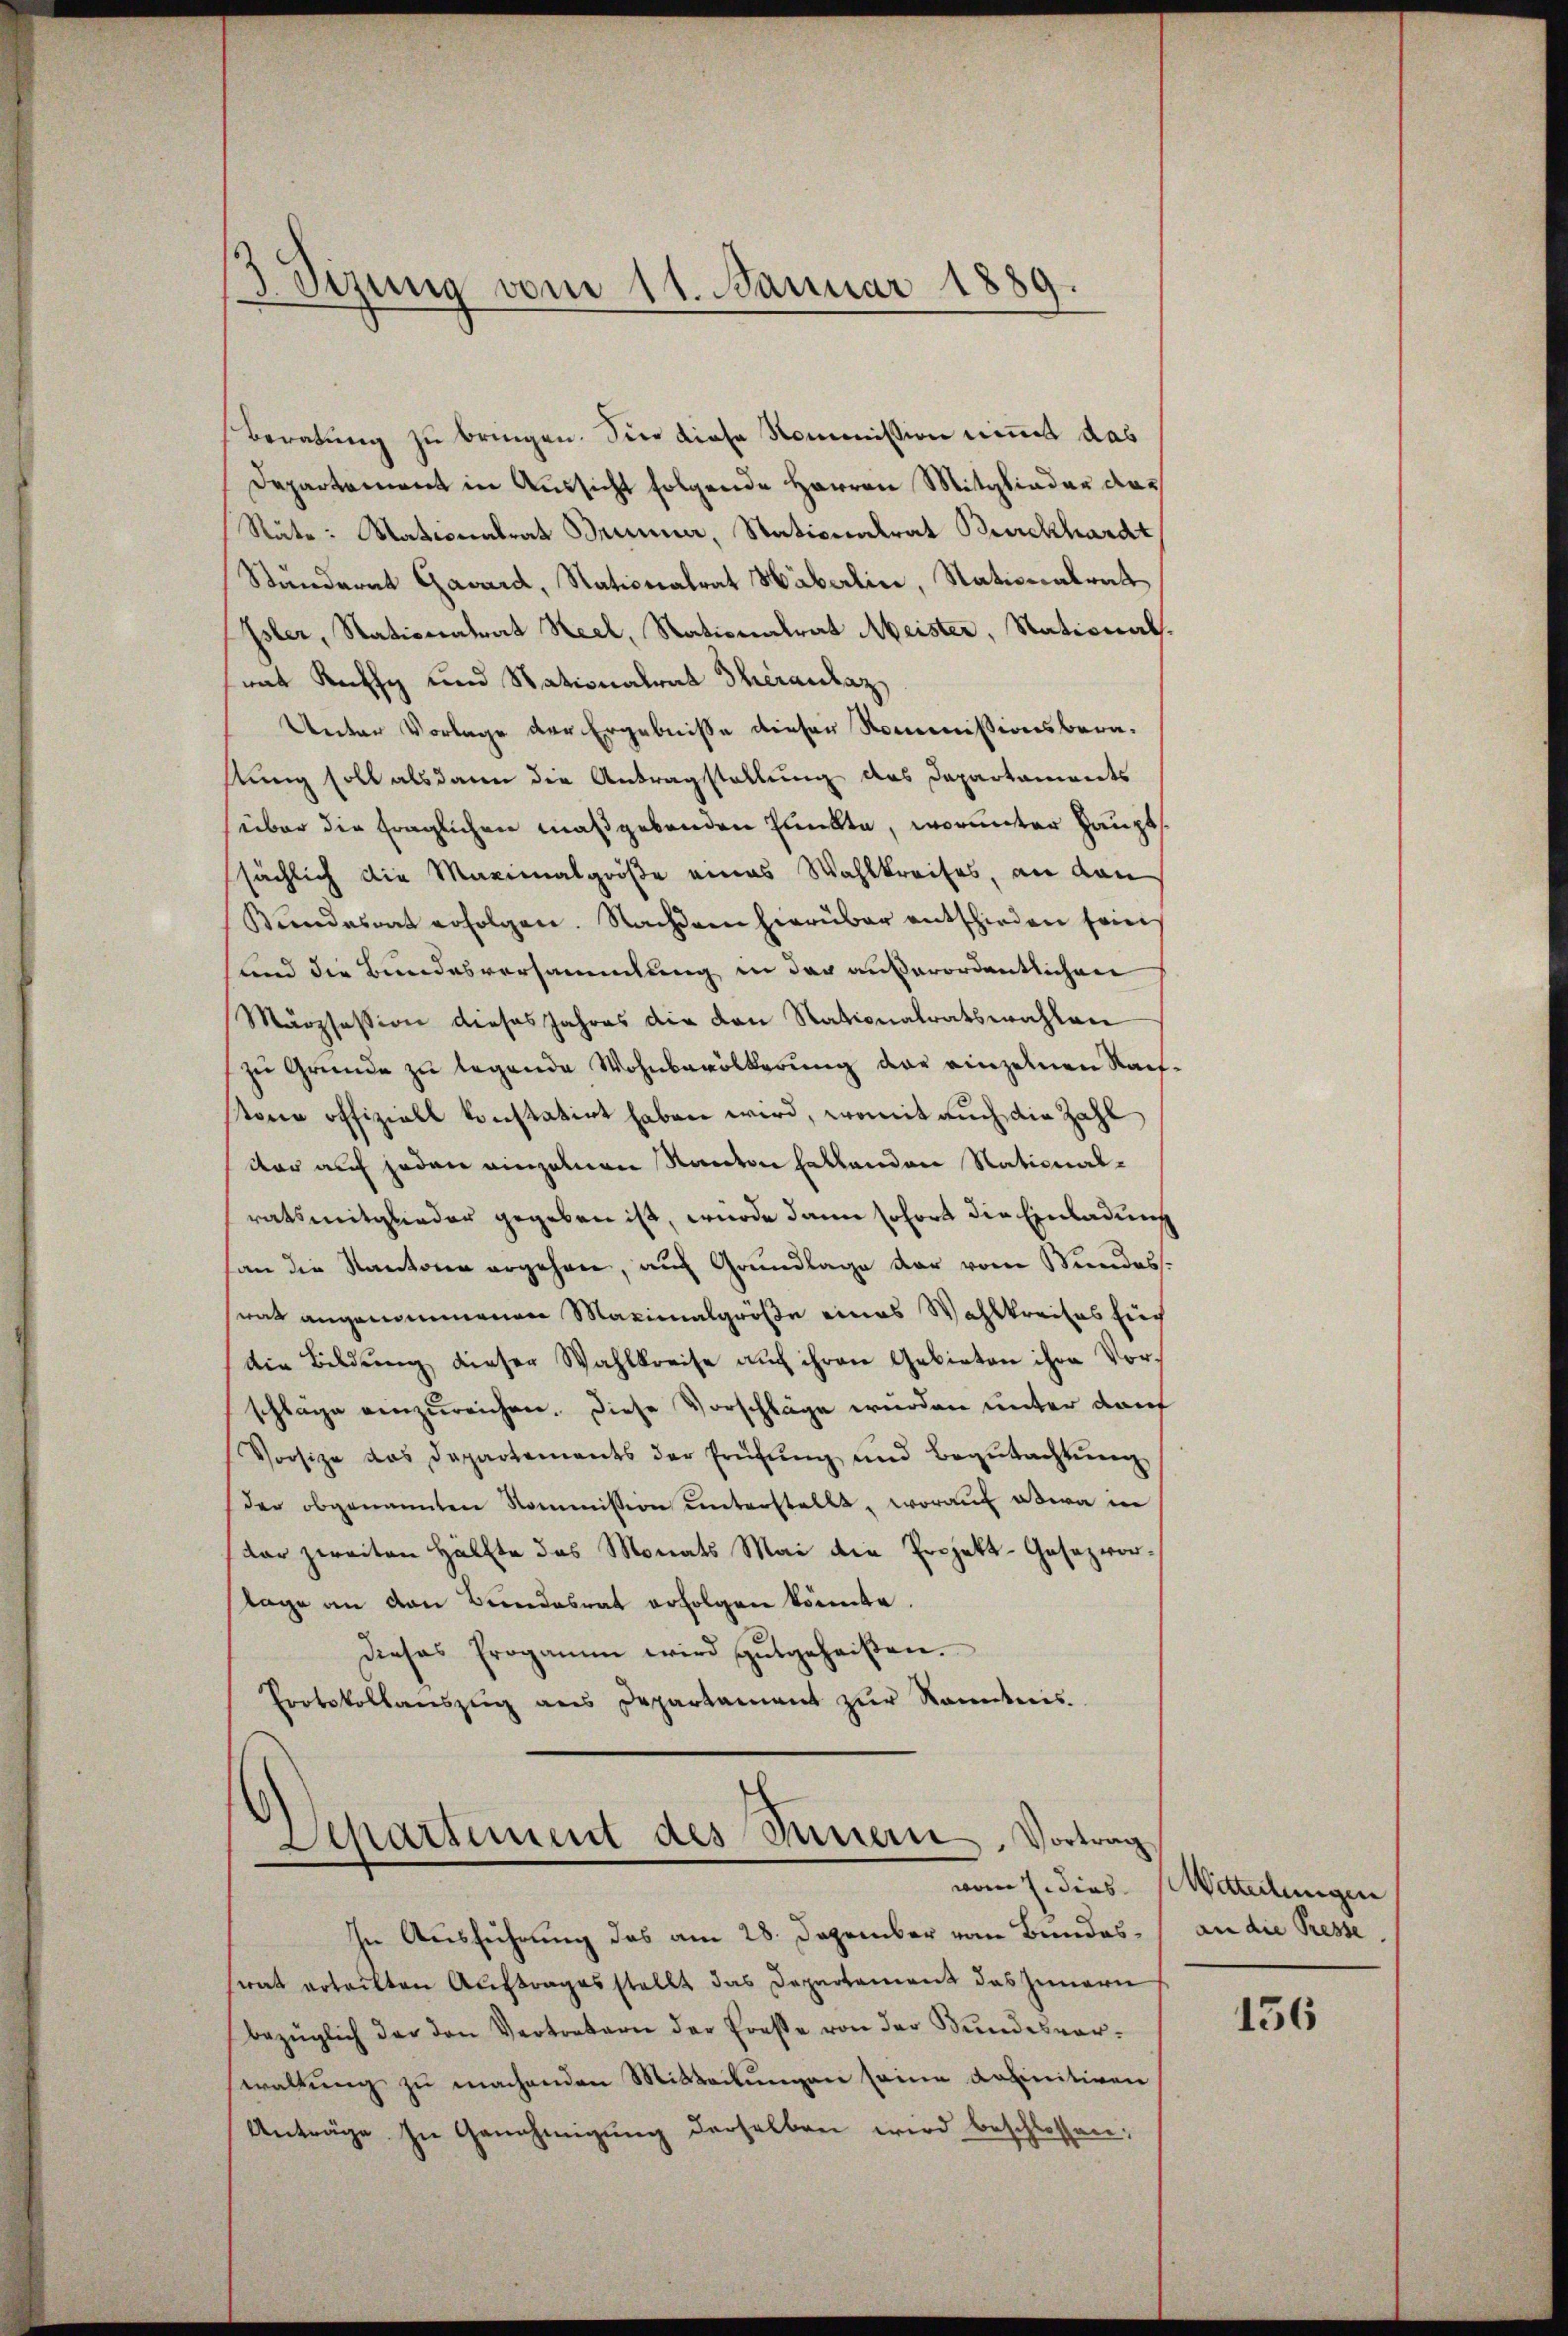
Sizung vom 11. Januar 1889.

Beratung zu bringen. Sie diese Kommission nimmt das
Departement in Aussicht folgende Herren Mitglieder das
Räte: Nationalrat Brunner, Stationalrat Burckhardt
Ständerat Gavard, Stationalrat Häberlin, Stationalrat
Isler, Nationalrat Seel, Nationalrat Meister, Stationath.
mat Rechhy und Nationalrat Theranlaz,
Unter Vorlage der Ergebnisse dieser Kommissionsberastung soll alsdann die Antragstellung des Departaments
über die fraglichen maßgebenden Punkte, worunter Hauptssächlich die Maximalgröße eines Wahlkreises, an dan
Kŭndesrat erfolgen. Nachdem hierüber entschieden sein
und die Bundesversammlung in der außerordentlichen
Mäozsession dieses Jahres die den Rationalratswahlen
zu Gründe zu legende Wohnbevölkerung der einzelnen Nach-
stone offiziell konstatirt haben wird, womit auch die Zahl
dar auf jeden einzelnen Kanton hattenden National-
ratsmitglieder gegeben ist, wurde dann sofort die Einladung
san die Kantone ergehen, auch Grundlage dar vom Bundes-
rat angenommenen Maximalgröße eines Wahlkreises sich
die Bildung dieser Wahlkreise auf ihren Gebieten ihre Vorschläge einzureichen. Diese Vorschläge wurden unter darf
Vorsitze das Departements der Prüfŭng und Begŭtachtŭng
der obgenannten Kommission ŭnterstellt, worauf etwa in
dar zweiten Hälfte das Monats Mai die Projekt-Gesezvorlage an von Bundesrat erfolgen könnte.
Dieses Progamin wird gutgeheißen.
Protokollauszug aus Departament zŭr Kenntnis.

In Ausführung das am 28. Dezember vom Bundessrat erteilten Auftrages stellt das Departament das Innern
bezüglich der den Vertretern der Fresse von der Bundesverwaltung zu machenden Mitteilungen seine definitiven
Anträge in Genehmigŭng derselben wird beschlossen:

Separtement des Innern. Vortrag

vom 7. dies Mitteilungen
an die Presse.

156